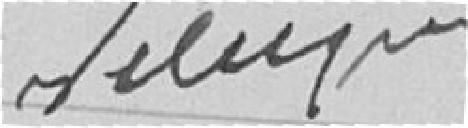
???